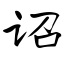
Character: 诏